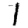
Digit: 1